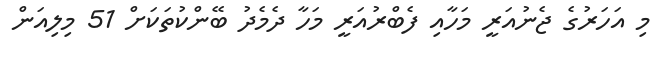
މި އަހަރުގެ ޖެނުއަރީ މަހާއި ފެބްރުއަރީ މަހާ ދެމެދު ބޭންކުތަކަށް 51 މިލިއަން